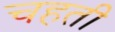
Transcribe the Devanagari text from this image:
चहती